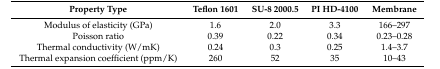
| Property Type | Teflon 1601 | SU-8 2000.5 | PI HD-4100 | Membrane |
 | --- | --- | --- | --- | --- |
 | Modulus of elasticity (GPa) | 1.6 | 2.0 | 3.3 | 166–297 |
 | Poisson ratio | 0.39 | 0.22 | 0.34 | 0.23–0.28 |
 | Thermal conductivity (W/mK) | 0.24 | 0.3 | 0.25 | 1.4–3.7 |
 | Thermal expansion coefficient (ppm/K) | 260 | 52 | 35 | 10–43 |